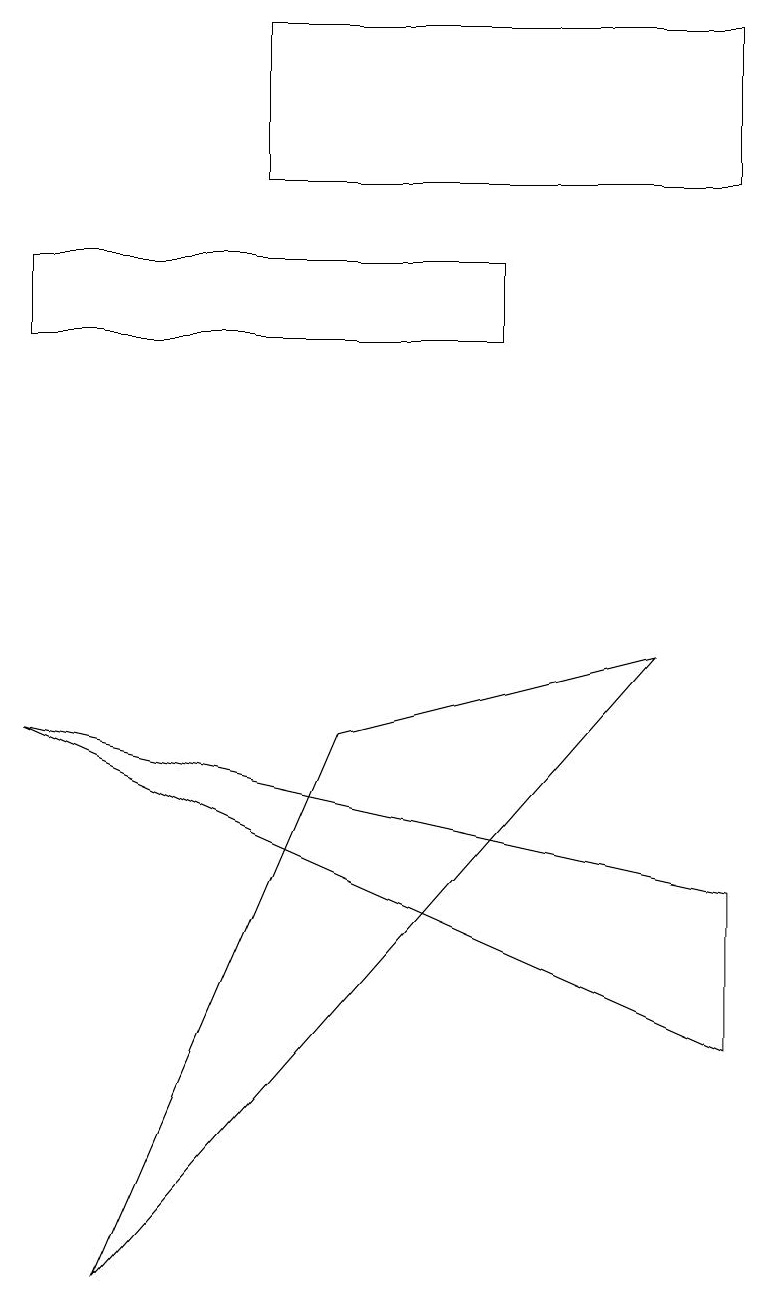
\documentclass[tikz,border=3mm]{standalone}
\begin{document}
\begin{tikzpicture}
\draw (3,14) rectangle (9,16);
\draw (6,13) rectangle (0,12);
\draw (9,5) -- (0,7) -- (9,3) -- cycle;
\draw (8,8) -- (4,7) -- (1,0) -- cycle;
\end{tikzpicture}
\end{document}